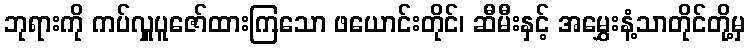
ဘုရားကို ကပ်လှူပူဇော်ထားကြသော ဖယောင်းတိုင်၊ ဆီမီးနှင့် အမွှေးနံ့သာတိုင်တို့မှ